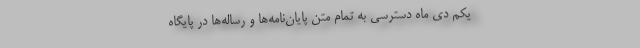
یکم دی ماه دسترسی به تمام متن پایان‌نامه‌ها و رساله‌ها در پایگاه